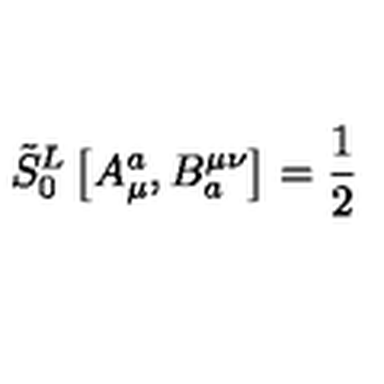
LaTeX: \tilde { S } _ { 0 } ^ { L } \left[ A _ { \mu } ^ { a } , B _ { a } ^ { \mu \nu } \right] = \frac { 1 } { 2 }